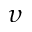
\upsilon